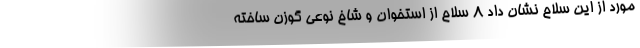
مورد از این سلاح نشان داد ۸ سلاح از استخوان و شاخ نوعی گوزن ساخته